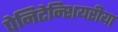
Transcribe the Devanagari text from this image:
पेनिटेन्शियरीया